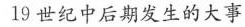
19世纪中后期发生的大事